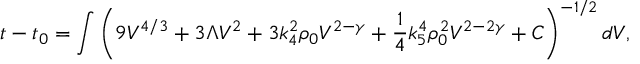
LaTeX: t - t _ { 0 } = \int \left( 9 V ^ { 4 / 3 } + 3 \Lambda V ^ { 2 } + 3 k _ { 4 } ^ { 2 } \rho _ { 0 } V ^ { 2 - \gamma } + \frac 1 4 k _ { 5 } ^ { 4 } \rho _ { 0 } ^ { 2 } V ^ { 2 - 2 \gamma } + C \right) ^ { - 1 / 2 } d V ,